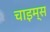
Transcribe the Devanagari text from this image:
चाइम्‍स